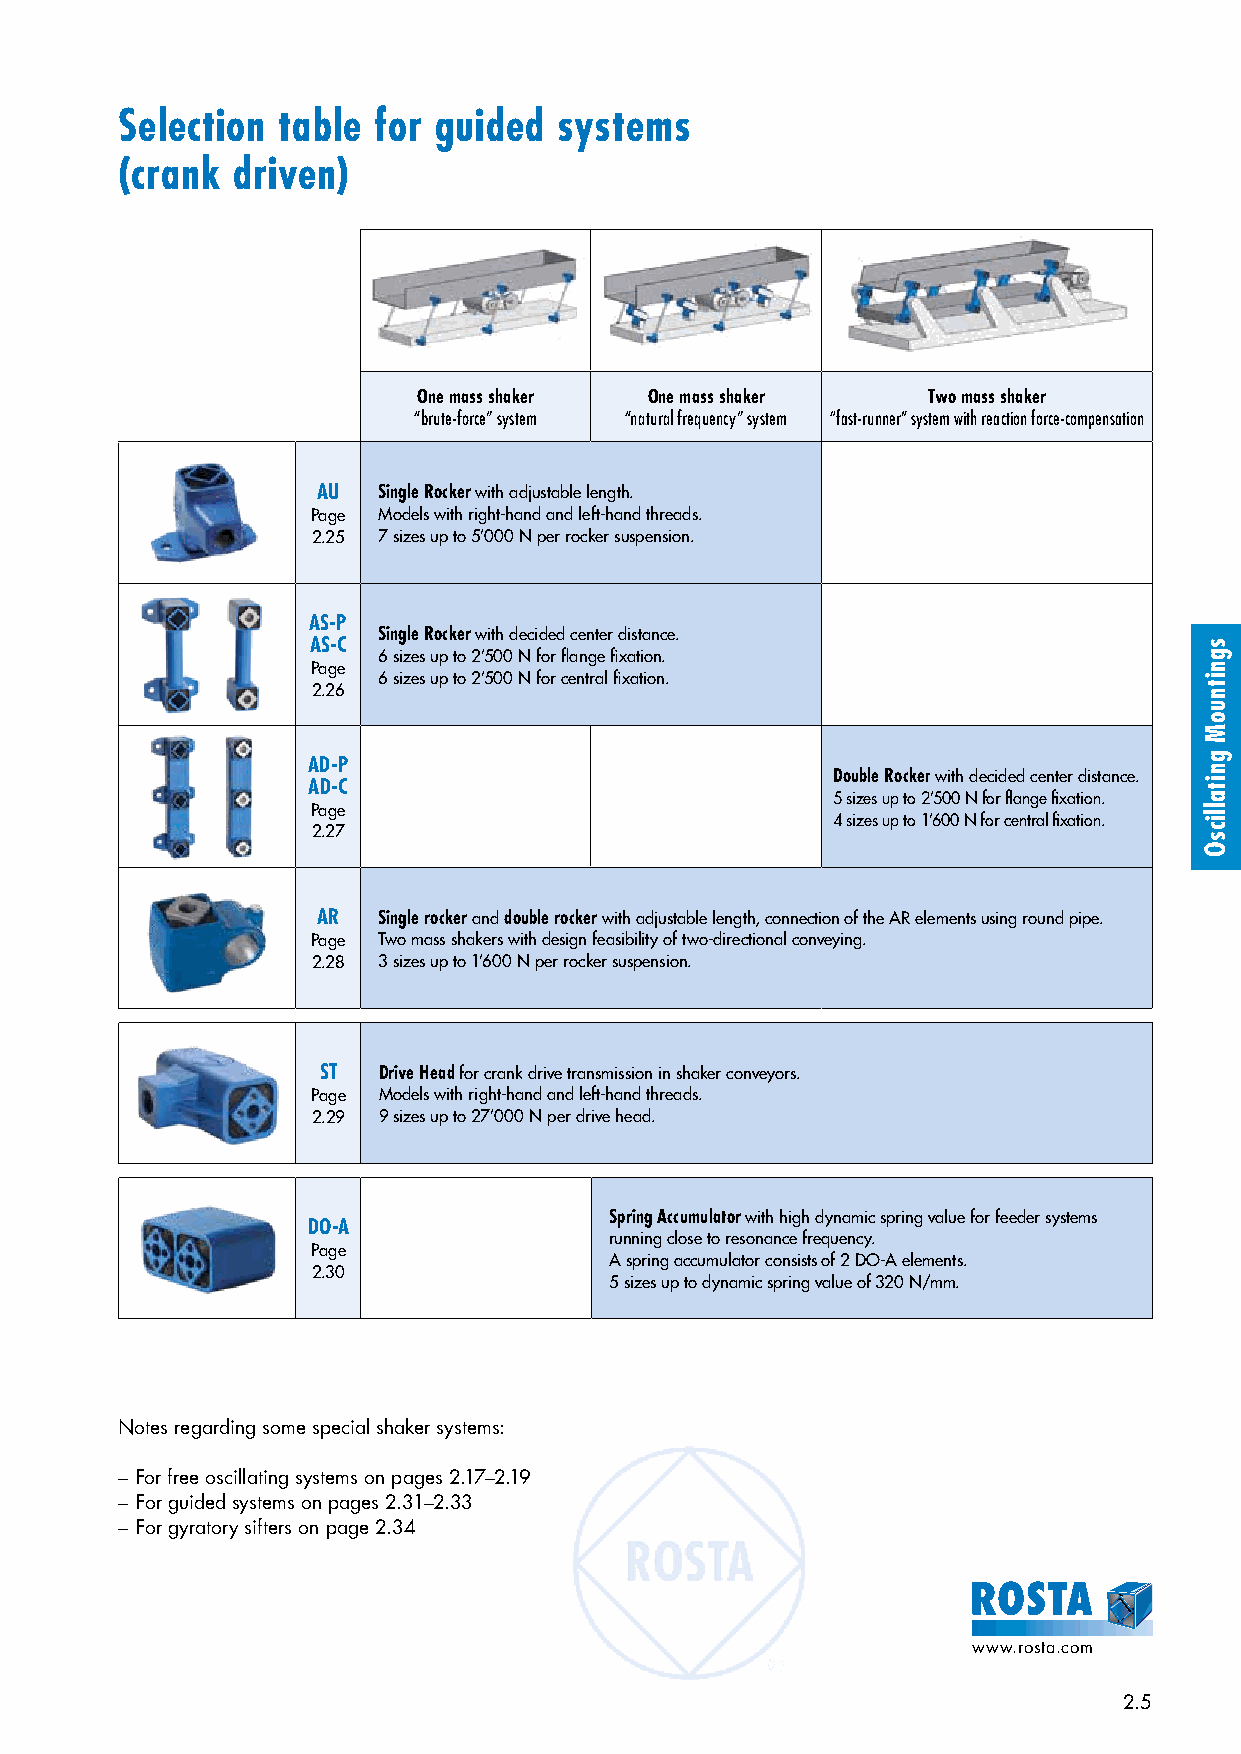
Selection table  for guided  systems
 (crank driven)
 One mass shaker One mass shaker  Two mass shaker
 “brute-force” system “natural frequency” system “fast-runner” system with reaction force-compensation
 AU  Single Rocker with adjustable length.
 Page Models with right-hand and left-hand threads.
 2.25 7 sizes up to 5’000 N per rocker suspension.
 AS-P
 Single Rocker with decided center distance.
 AS-C
 6 sizes up to 2’500 N for flange fixation.
 Page
 6 sizes up to 2’500 N for central fixation.
 2.26
 AD-P
 Double Rocker with decided center distance.
 AD-C
 5 sizes up to 2’500 N for flange fixation.
 Page
 4 sizes up to 1’600 N for central fixation.
 2.27
 AR  Single rocker and double rocker with adjustable length, connection of the AR elements using round pipe.
 Page Two mass shakers with design feasibility of two-directional conveying.
 2.28 3 sizes up to 1’600 N per rocker suspension.
 ST  Drive Head for crank drive transmission in shaker conveyors.
 Page Models with right-hand and left-hand threads.
 2.29 9 sizes up to 27’000 N per drive head.
 Spring Accumulator with high dynamic spring value for feeder systems
 DO-A
 running close to resonance frequency.
 Page
 A spring accumulator consists of 2 DO-A elements.
 2.30
 5 sizes up to dynamic spring value of 320 N/mm.
 Notes regarding some special shaker systems:
 – For free oscillating systems on pages 2.17–2.19
 – For guided systems on pages 2.31–2.33
 – For gyratory sifters on page 2.34
 www.rosta.com
 2.5
 sgnitnuoM
 gnitallicsO